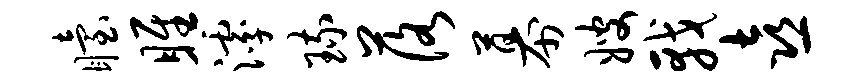
眙雎滹琉落幕嫂戟喜